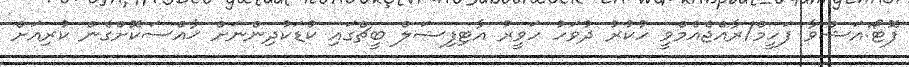
ފޮޓޯ:އަޝްވާ ފަހީމް/ރާއްޖެއެމްވީ ހުކުރު ދުވަހު ހަވީރު އާޓިފިޝަލް ބީޗްގައި ކުޑަކުދިންނަށް ޚާއްސަކޮށްގެން ކުރިއަށް